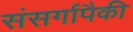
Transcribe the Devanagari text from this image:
संसर्गापैकी